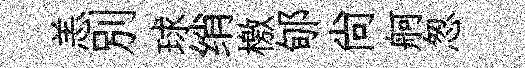
恙别球绡檄郇尚舸怱